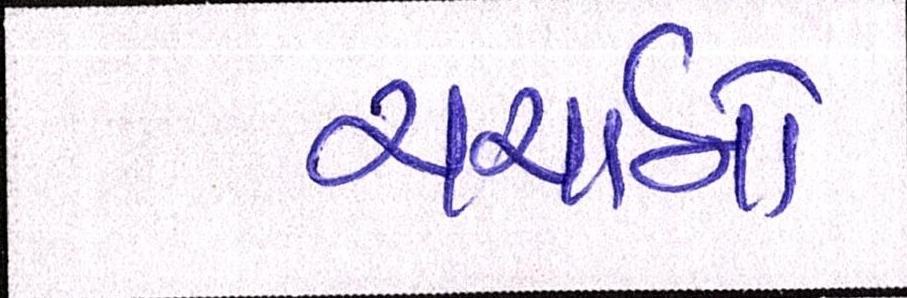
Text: ચર્ચાનો